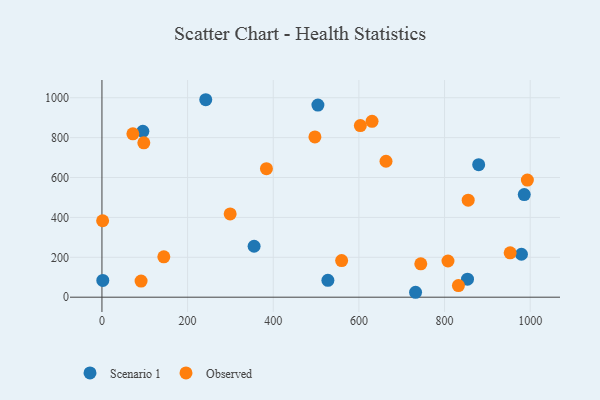
{"axis": {"x": "Experience", "y": "Exam Score"}, "legend": ["Observed", "Scenario 1"], "data": [{"x": "242.4", "y": 989.9, "type": "Scenario 1"}, {"x": "986.1", "y": 514.5, "type": "Scenario 1"}, {"x": "95.5", "y": 831.7, "type": "Scenario 1"}, {"x": "527.6", "y": 84.8, "type": "Scenario 1"}, {"x": "2.0", "y": 84.1, "type": "Scenario 1"}, {"x": "879.7", "y": 664.2, "type": "Scenario 1"}, {"x": "732.3", "y": 24.7, "type": "Scenario 1"}, {"x": "853.6", "y": 90.4, "type": "Scenario 1"}, {"x": "355.3", "y": 255.4, "type": "Scenario 1"}, {"x": "979.6", "y": 215.2, "type": "Scenario 1"}, {"x": "504.3", "y": 963.0, "type": "Scenario 1"}, {"x": "953.2", "y": 222.6, "type": "Observed"}, {"x": "630.7", "y": 881.8, "type": "Observed"}, {"x": "144.5", "y": 202.2, "type": "Observed"}, {"x": "497.3", "y": 803.2, "type": "Observed"}, {"x": "993.4", "y": 587.1, "type": "Observed"}, {"x": "744.5", "y": 167.3, "type": "Observed"}, {"x": "855.2", "y": 486.3, "type": "Observed"}, {"x": "663.3", "y": 681.4, "type": "Observed"}, {"x": "603.4", "y": 860.5, "type": "Observed"}, {"x": "832.4", "y": 58.4, "type": "Observed"}, {"x": "1.6", "y": 383.2, "type": "Observed"}, {"x": "97.8", "y": 774.1, "type": "Observed"}, {"x": "91.4", "y": 80.7, "type": "Observed"}, {"x": "384.1", "y": 644.4, "type": "Observed"}, {"x": "808.0", "y": 181.4, "type": "Observed"}, {"x": "559.7", "y": 183.4, "type": "Observed"}, {"x": "72.2", "y": 818.9, "type": "Observed"}, {"x": "299.4", "y": 417.3, "type": "Observed"}]}